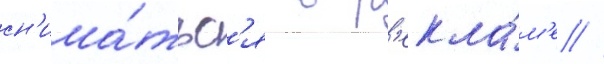
сн'има́тьс'я в р'екла́м'е /